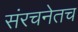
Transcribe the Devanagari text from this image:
संरचनेतच